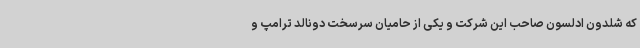
که شلدون ادلسون صاحب این شرکت و یکی از حامیان سرسخت دونالد ترامپ و